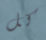
كل